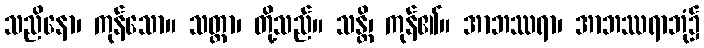
သညိနော၊ ကုန်သော။ သတ္တာ၊ တို့သည်။ သန္တိ၊ ကုန်၏။ အာဘဿရာ၊ အာဘဿရာဘုံ၌